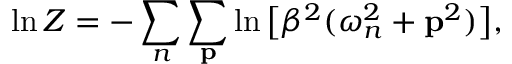
\ln Z = - \sum _ { n } \sum _ { { \bf p } } \ln \big [ \beta ^ { 2 } ( \omega _ { n } ^ { 2 } + { \bf p } ^ { 2 } ) \big ] ,